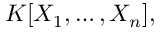
K [ X _ { 1 } , \dots , X _ { n } ] ,